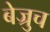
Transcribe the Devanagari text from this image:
बेज्रुच